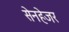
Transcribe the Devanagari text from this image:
सेनहेजर